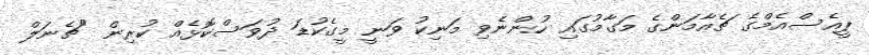
ޕީއެސްއެމްގެ ޗެއާމަންގެ މަގާމުގައި ހުންނެވި މަނިކު ވަނީ މީގެކުޑަ ދުވަސްކޮޅެއް ކުރިން "ޗެނަލް